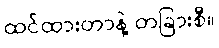
ထင်ထားတာနဲ့ တခြားစီ။